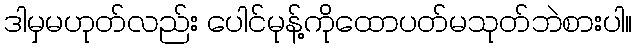
ဒါမှမဟုတ်လည်း ပေါင်မုန့်ကိုထောပတ်မသုတ်ဘဲစားပါ။